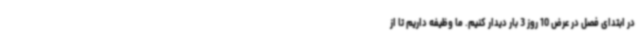
در ابتدای فصل در عرض 10 روز 3 بار دیدار کنیم. ما وظیفه داریم تا از